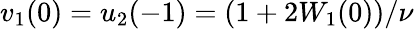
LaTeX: v_{1}(0)=u_{2}(-1)=(1+2W_{1}(0))/\nu